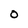
Character: 0